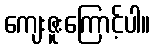
ကျေးဇူးကြောင့်ပါ။